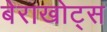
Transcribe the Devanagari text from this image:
बेराखोट्स